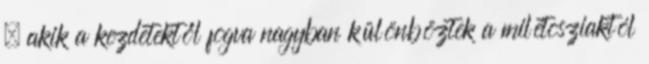
– akik a kezdetektől fogva nagyban különböztek a milétosziaktól